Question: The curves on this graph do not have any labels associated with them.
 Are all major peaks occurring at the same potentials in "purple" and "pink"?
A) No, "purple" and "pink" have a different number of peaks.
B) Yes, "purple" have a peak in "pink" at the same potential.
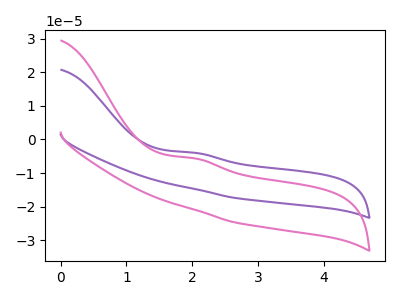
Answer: <think>The purple curve "purple" has an anodic peak at: (2.05V, -3.95uA). The pink curve "pink" has an anodic peak at: (2.05V, -5.60uA).</think>
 <answer>B) Yes, "purple" have a peak in "pink" at the same potential.</answer>
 <eval>B</eval>